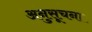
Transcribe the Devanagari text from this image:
अनुसूचना